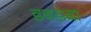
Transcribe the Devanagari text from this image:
डबडबा